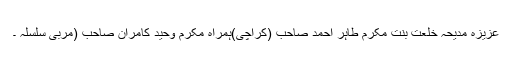
عزیزہ مدیحہ خلعت بنت مکرم طاہر احمد صاحب (کراچی)ہمراہ مکرم وحید کامران صاحب (مربی سلسلہ ۔